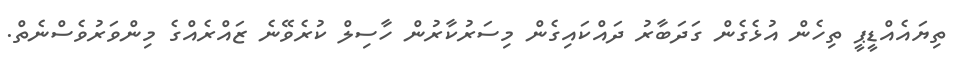
ތިޔައެއްޑީޕީ ތިހެން އުޅެގެން ގަދަބާރު ދައްކައިގެން މިސަރުކާރުން ހާސިލް ކުރެވޭނެ ޒައްރެއްގެ މިންވަރުވެސްނެތް.